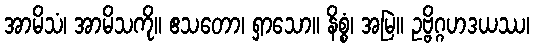
အာမိသံ၊ အာမိသကို။ ဧသတော၊ ရှာသော။ နိစ္စံ၊ အမြဲ။ ဥဗ္ဗိဂ္ဂဟဒယဿ၊